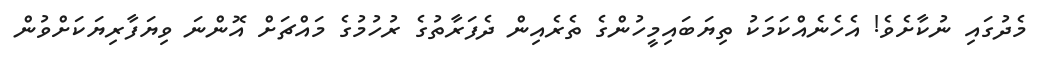
މެދުގައި ނުކާށެވެ! އެހެނެއްކަމަކު ތިޔަބައިމީހުންގެ ތެރެއިން ދެފަރާތުގެ ރުހުމުގެ މައްޗަށް އޮންނަ ވިޔަފާރިޔަކަށްވުން